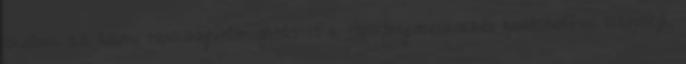
Iskolánk az állami tankönyvtámogatás és a tankönyvbeszerzés rendszerével biztosítja,